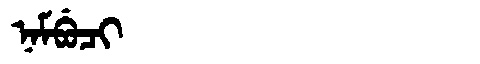
Manchu: ᠨᠠᠮᠪᡠᠴᡳ
Romanization: NAMBUCI